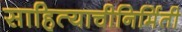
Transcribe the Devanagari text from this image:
साहित्याचीनिर्मिती